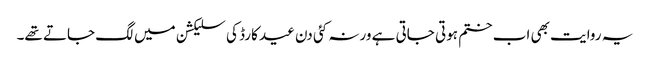
یہ روایت بھی اب ختم ہوتی جاتی ہے ورنہ کئی دن عید کارڈ کی سلیکشن میں لگ جاتے تھے۔